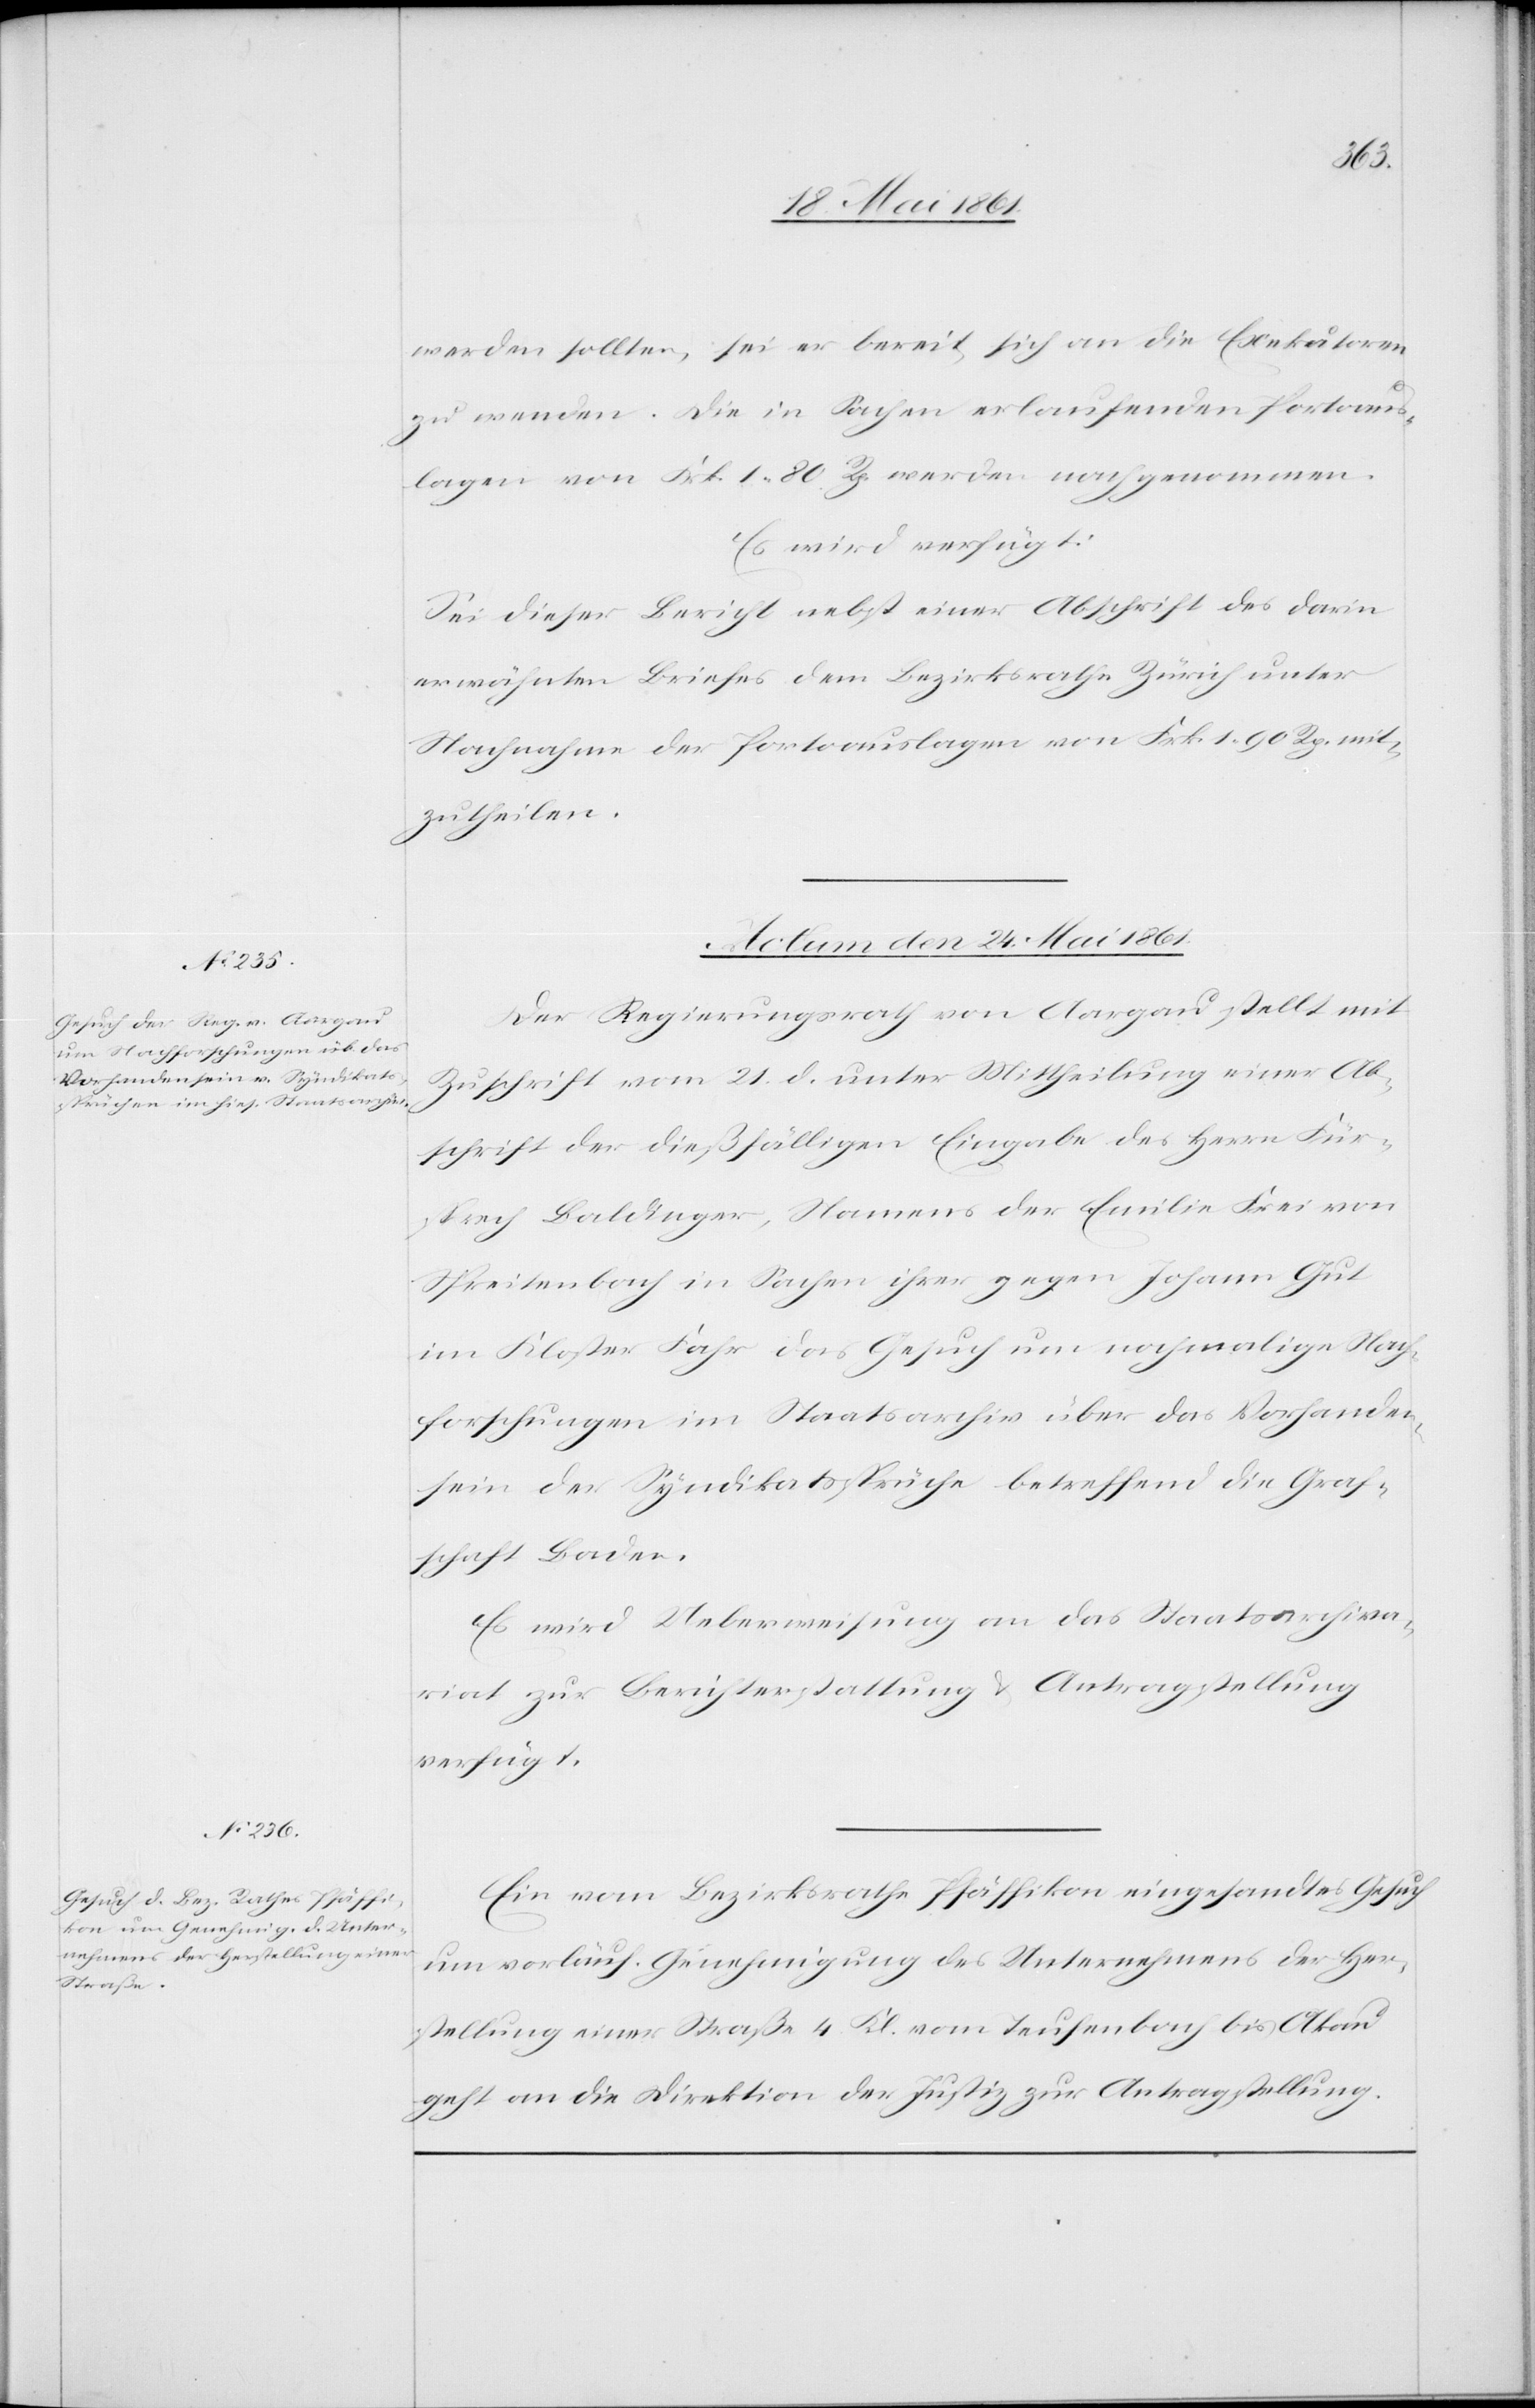
werden sollten, sei er bereit, sich an die Exekutoren
zu wenden. Die in Sachen erlaufenden Portoaus¬
lagen von Frk. 1 80 Rp. werden nachgenommen.
Es wird verfügt:
Sei dieser Bericht nebst einer Abschrift des darin
erwähnten Briefes dem Bezirksrathe Zürich unter
Nachnahme der Portoauslagen von Frk. 1 90 Rp. mit¬
zutheilen.
Actum den 24. Mai 1861.]
Der Regierungsrath von Aargau stellt mit
Zuschrift vom 21. d. unter Mittheilung einer Ab¬
schrift der dießfälligen Eingabe des Herrn Für¬
sprech Baldinger, Namens der Emilie Frei von
Spreitenbach in Sachen ihrer gegen Johann Gut
im Kloster Fahr das Gesuch um nochmalige Nach¬
forschungen im Staatsarchiv über das Vorhanden¬
sein der Syndikatssprüche betreffend die Graf¬
schaft Baden.
Es wird Ueberweisung an das Staatsarchiva¬
riat zur Berichterstattung u. Antragstellung
verfügt.
Ein vom Bezirksrathe Pfäffikon eingesandtes Gesuch
um vorläuf. Genehmigung des Unternehmens der Her¬
stellung einer Straße 4. Kl. vom Teufenbach bis Akau
geht an die Direktion der Justiz zur Antragstellung.